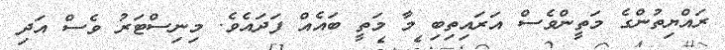
ރައްޔިތުންގެ މަތީންވެސް އަރައިތިބި މާ މަތީ ބައެއް ފަދައެވެ. މިނިސްޓަރު ވެސް އަދި